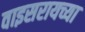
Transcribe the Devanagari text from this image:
वाइसरायच्या